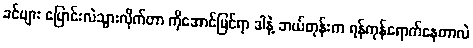
ခင်ဗျား ပြောင်းလဲသွားလိုက်တာ ကိုအောင်မြင်ရာ ဒါနဲ့ ဘယ်တုန်းက ရန်ကုန်ရောက်နေတာလဲ